Madras plague regulations and rules - Volume 2
Disease focus: Plague
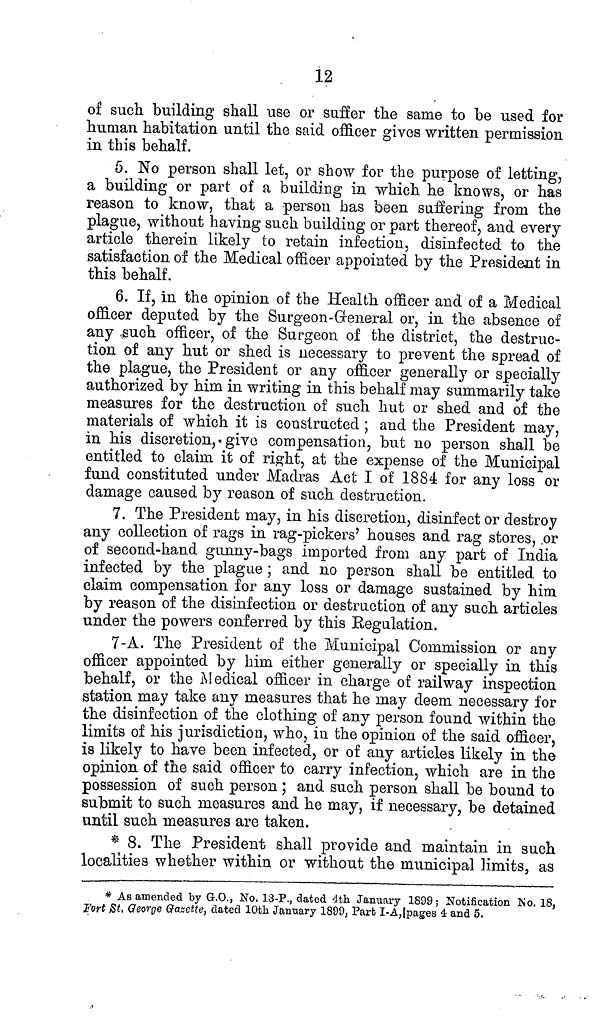
12
of such building shall use or suffer the same to be used for
human habitation until the said officer gives written permission
in this behalf.
5. No person shall let, or show for the purpose of letting,
a building or part of a building in which he knows, or has
reason to know, that a person has been suffering from the
plague, without having such building or part thereof, and every
article therein likely to retain infection, disinfected to the
satisfaction of the Medical officer appointed by the President in
this behalf.
6. If, in the opinion of the Health officer and of a Medical
officer deputed by the Surgeon-General or, in the absence of
any such officer, of the Surgeon of the district, the destruc-
tion of any hut or shed is necessary to prevent the spread of
the plague, the President or any officer generally or specially
authorized by him in writing in this behalf may summarily take
measures for the destruction of such hut or shed and of the
materials of which it is constructed ; and the President may,
in his discretion, give compensation, but no person shall be
entitled to claim it of right, at the expense of the Municipal
fund constituted under Madras Act I of 1884 for any loss or
damage caused by reason of such destruction.
7. The President may, in his discretion, disinfect or destroy
any collection of rags in rag-pickers' houses and rag stores, or
of second-hand gunny-bags imported from any part of India
infected by the plague; and no person shall be entitled to
claim compensation for any loss or damage sustained by him
by reason of the disinfection or destruction of any such articles
under the powers conferred by this Regulation.
7-A. The President of the Municipal Commission or any
officer appointed by him either generally or specially in this
behalf, or the Medical officer in charge of railway inspection
station may take any measures that he may deem necessary for
the disinfection of the clothing of any person found within the
limits of his jurisdiction, who, in the opinion of the said officer,
is likely to have been infected, or of any articles likely in the
opinion of the said officer to carry infection, which are in the
possession of such person ; and such person shall be bound to
submit to such measures and he may, if necessary, be detained
until such measures are taken.
* 8. The President shall provide and maintain in such
localities whether within or without the municipal limits, as
* As amended by G.O., No. 13-P., dated 4th January 1899; Notification Mo. 18,
Fort St. George Gazette, dated 10th January 1899, Part I-A, pages 4 and 5.